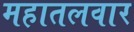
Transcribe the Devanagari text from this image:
महातलवार